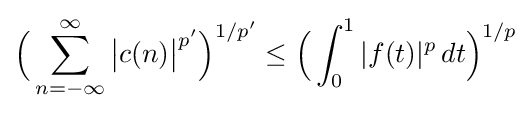
{\Big (}\sum _{n=-\infty }^{\infty }{\big |}c(n){\big |}^{p'}{\Big )}^{1/p'}\leq {\Big (}\int _{0}^{1}|f(t)|^{p}\,dt{\Big )}^{1/p}